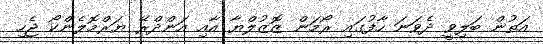
އަތުން ބަލިވީ ދެވަނަ ހާފުގައި ރޯމަން ޒޮޒުލްޔާ އާއި އަންދްރޭ ޔަރްމޮލެންކޯ ޖެހި